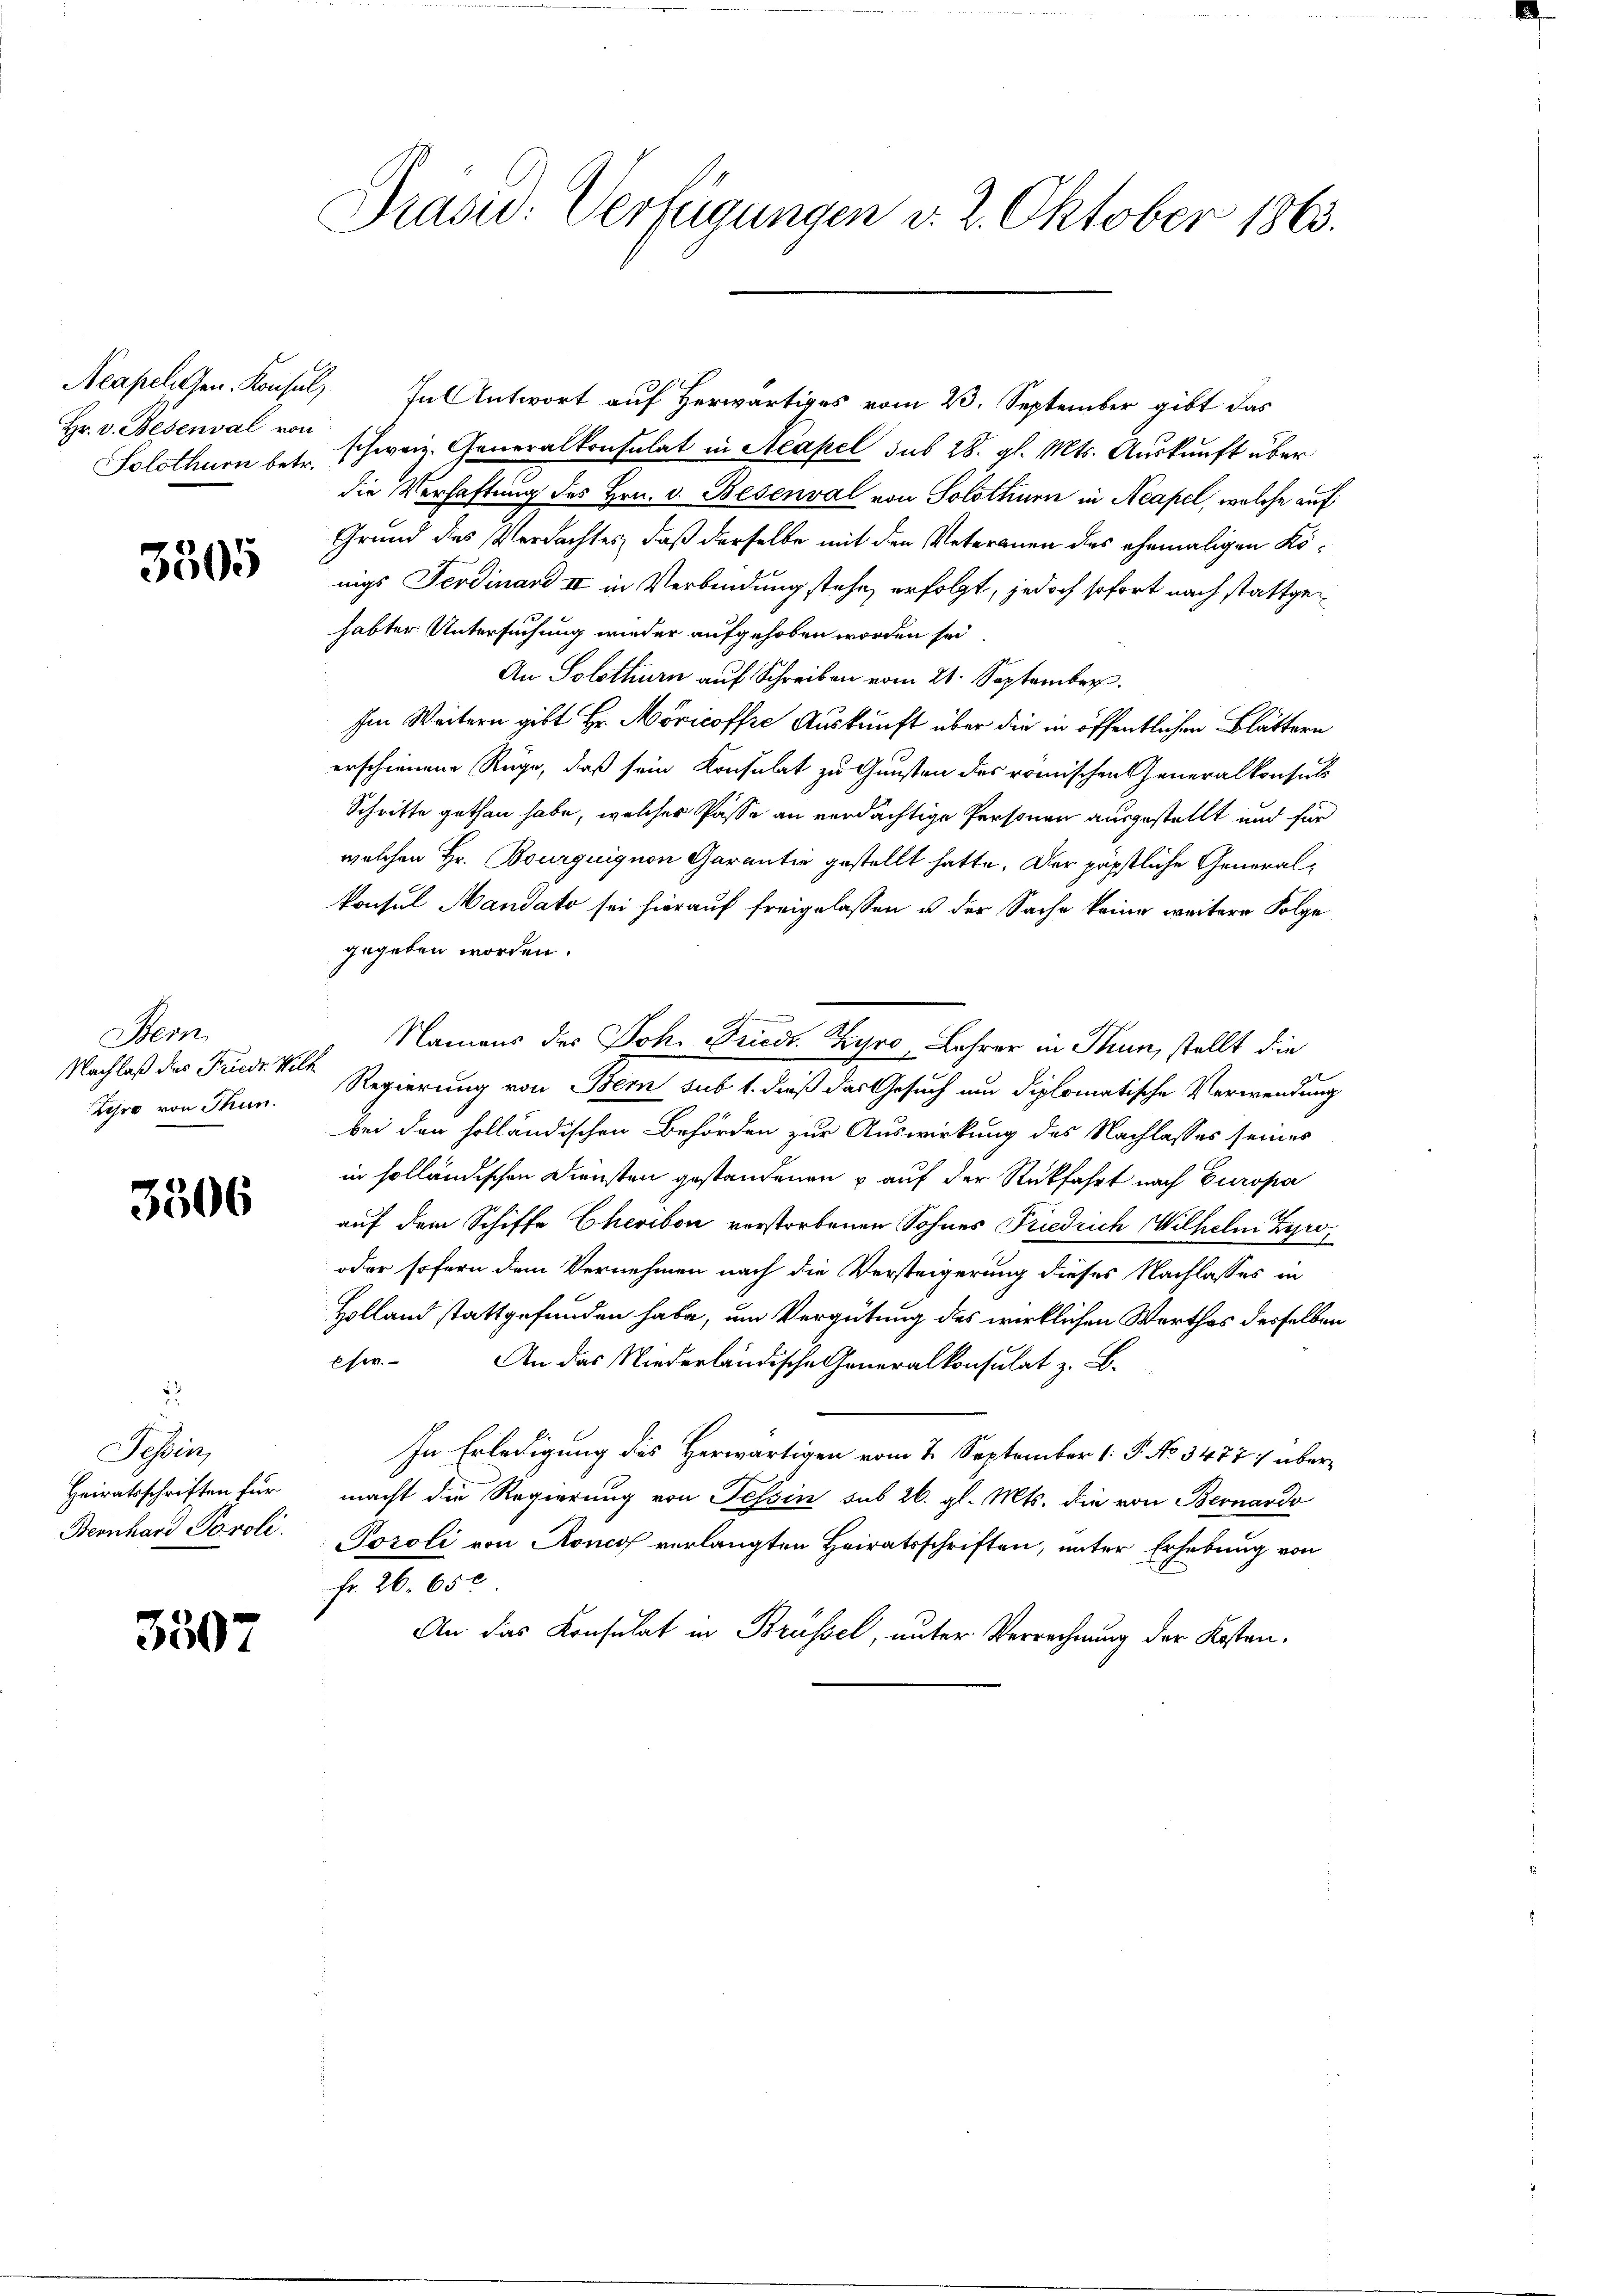
Hr. v. Besenval von

3305

Stern
Nachlaß des Friedr. Wilh
Zihro von Thun.

3506

5
Schen
Heiratsschriften für
Beonhard Paroli.

3507

Prasid: Verfügungen d. 2. Oktober 1863.

Acapelesen. Konsul, In Antwort auf Herwärtiges vom 23. September gibt das
Solothurn betr. schweiz. Generalkonsulat in Neapel sub 28. gl. Mts. Auskunft über
die Verhaftung des Hrn. v. Besenval von Solothurn in Neapel, welche auf
Grund des Verdachtes, daß derselbe mit den Veteranen des ehemaligen Königs Ferdinand II in Verbindung stehe, erfolgt, jedoch sofort nach stattgehabter Untersuchung wieder aufgehoben worden sei.
An Solothurn auf Schreiben vom 21. September.
Im Weitern gibt Hr. Moricoffre Auskunft über die in öffentlichen Blättern
erschienene Ruge, daß sein Konsulat zu Gunsten des römischen Generalkonsuls
Schritte gethan habe, welcher Pässe an verdächtige Personen ausgestellt und für
welchen Hr. Bourquignon Garantie gestellt hatte. Der päpstliche Generalkonsul Mandato sei hierauf freigelassen u. der Sache keine weitere Folge
gegeben worden.
Namens des Joh. Friedr. Gyro Lehrer in Thun, stellt die
Regierung von Bern sub 1. dieß das Gesuch um diplomatische Verwendung
bei den holländischen Behörden zur Auswirkung des Nachlasses seines
in solländischen Diensten gestandenen & auf der Rückfahrt nach Europa
auf dem Schiffe Cheribor verstorbenen Sohnes Friedrich Wilhelm Tyro
oder sofern dem Vernehmen nach die Versteigerung dieses Nachlasses in
Holland stattgefunden habe, um Vergütung des wirklichen Werthes derselben
cser. An das Niederländische Generalkonsulat z. B.
In Erledigung des Herwärtigen vom 7. September [ P. No 3477 übermacht die Regierung von Tessin sub 26. gl. Mts. die von Bernardo
Toroli von Roncof verlangten Heiratsschriften, unter Erhebung von
fr. 26. 650
An das Konsulat in Brüssel, unter Verrechnung der Kosten.